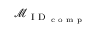
\mathcal { M } _ { \textrm { I D } _ { \textrm { c o m p } } }